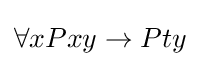
\forall xPxy\to Pty